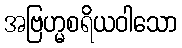
အဗြဟ္မစရိယဝါသော